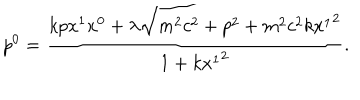
LaTeX: p ^ { 0 } = \frac { k p x ^ { 1 } x ^ { 0 } + \lambda \sqrt { m ^ { 2 } c ^ { 2 } + p ^ { 2 } + m ^ { 2 } c ^ { 2 } k { x ^ { 1 } } ^ { 2 } } } { 1 + k { x ^ { 1 } } ^ { 2 } } .